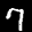
Label: 7